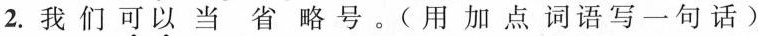
2.我们\underset{·}{可}\underset{·}{以}当省略号。(用加点词语写一句话)